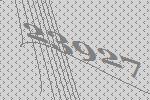
23927